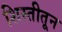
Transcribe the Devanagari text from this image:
शिस्तीतून